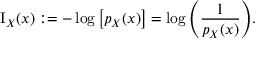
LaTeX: \operatorname { I } _ { X } ( x ) : = - \log { \left[ p _ { X } { \left( x \right) } \right] } = \log { \left( { \frac { 1 } { p _ { X } { \left( x \right) } } } \right) } .